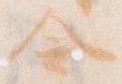
令